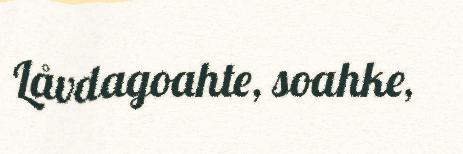
Låvdagoahte, soahke,